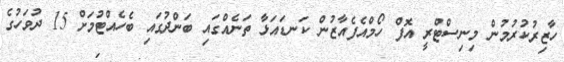
ހާޒިރުކުރުމުން މިނިސްޓްރީ އޮފް ހޯމްއެފެއާޒުން ކަނޑައަޅާ ތަނެއްގައި ބަންދުގައި ބެހެއްޓުމަށް 15 ދުވަހުގެ